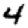
Digit: 4